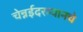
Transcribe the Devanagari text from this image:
चेन्नईदरम्यानचे